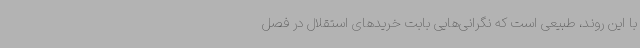
با این روند، طبیعی است که نگرانی‌هایی بابت خریدهای استقلال در فصل